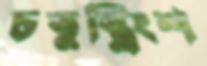
চতুস্ত্রিংশ